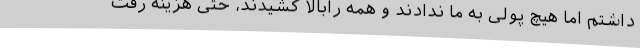
داشتم اما هیچ پولی به ما ندادند و همه رابالا کشیدند، حتی هزینه رفت